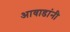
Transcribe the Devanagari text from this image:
आवाडांनी